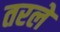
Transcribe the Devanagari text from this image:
तरले